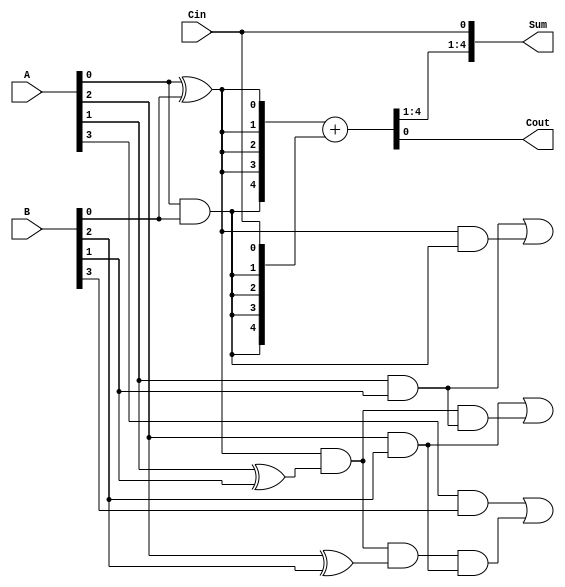
module BrentKungAdder (
    input [3:0] A,
    input [3:0] B,
    input Cin,
    output [4:0] Sum,
    output Cout
);

wire [4:0] P, G, C;

// Full Adder
assign P[0] = A[0] ^ B[0];
assign G[0] = A[0] & B[0];
assign C[0] = Cin;
assign {C[1:4], Cout} = {G[0], P[0], P[0], P[0], P[0]} + {G[0], G[0], G[0], G[0], C[0]};

// Carry-lookahead logic
genvar i;
generate
    for (i = 1; i < 4; i = i + 1) begin
        assign P[i] = P[i-1] & (A[i] ^ B[i]);
        assign G[i] = A[i] & B[i];
        assign C[i] = (A[i] & B[i]) | (P[i-1] & G[i-1]);
    end
endgenerate

// Output
assign Sum = {C[4], C[3], C[2], C[1], C[0]};
assign Cout = C[4];

endmodule